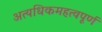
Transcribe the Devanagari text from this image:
अत्यधिकमहत्वपूर्ण